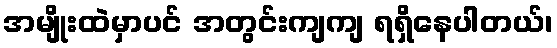
အမျိုးထဲမှာပင် အတွင်းကျကျ ရရှိနေပါတယ်၊